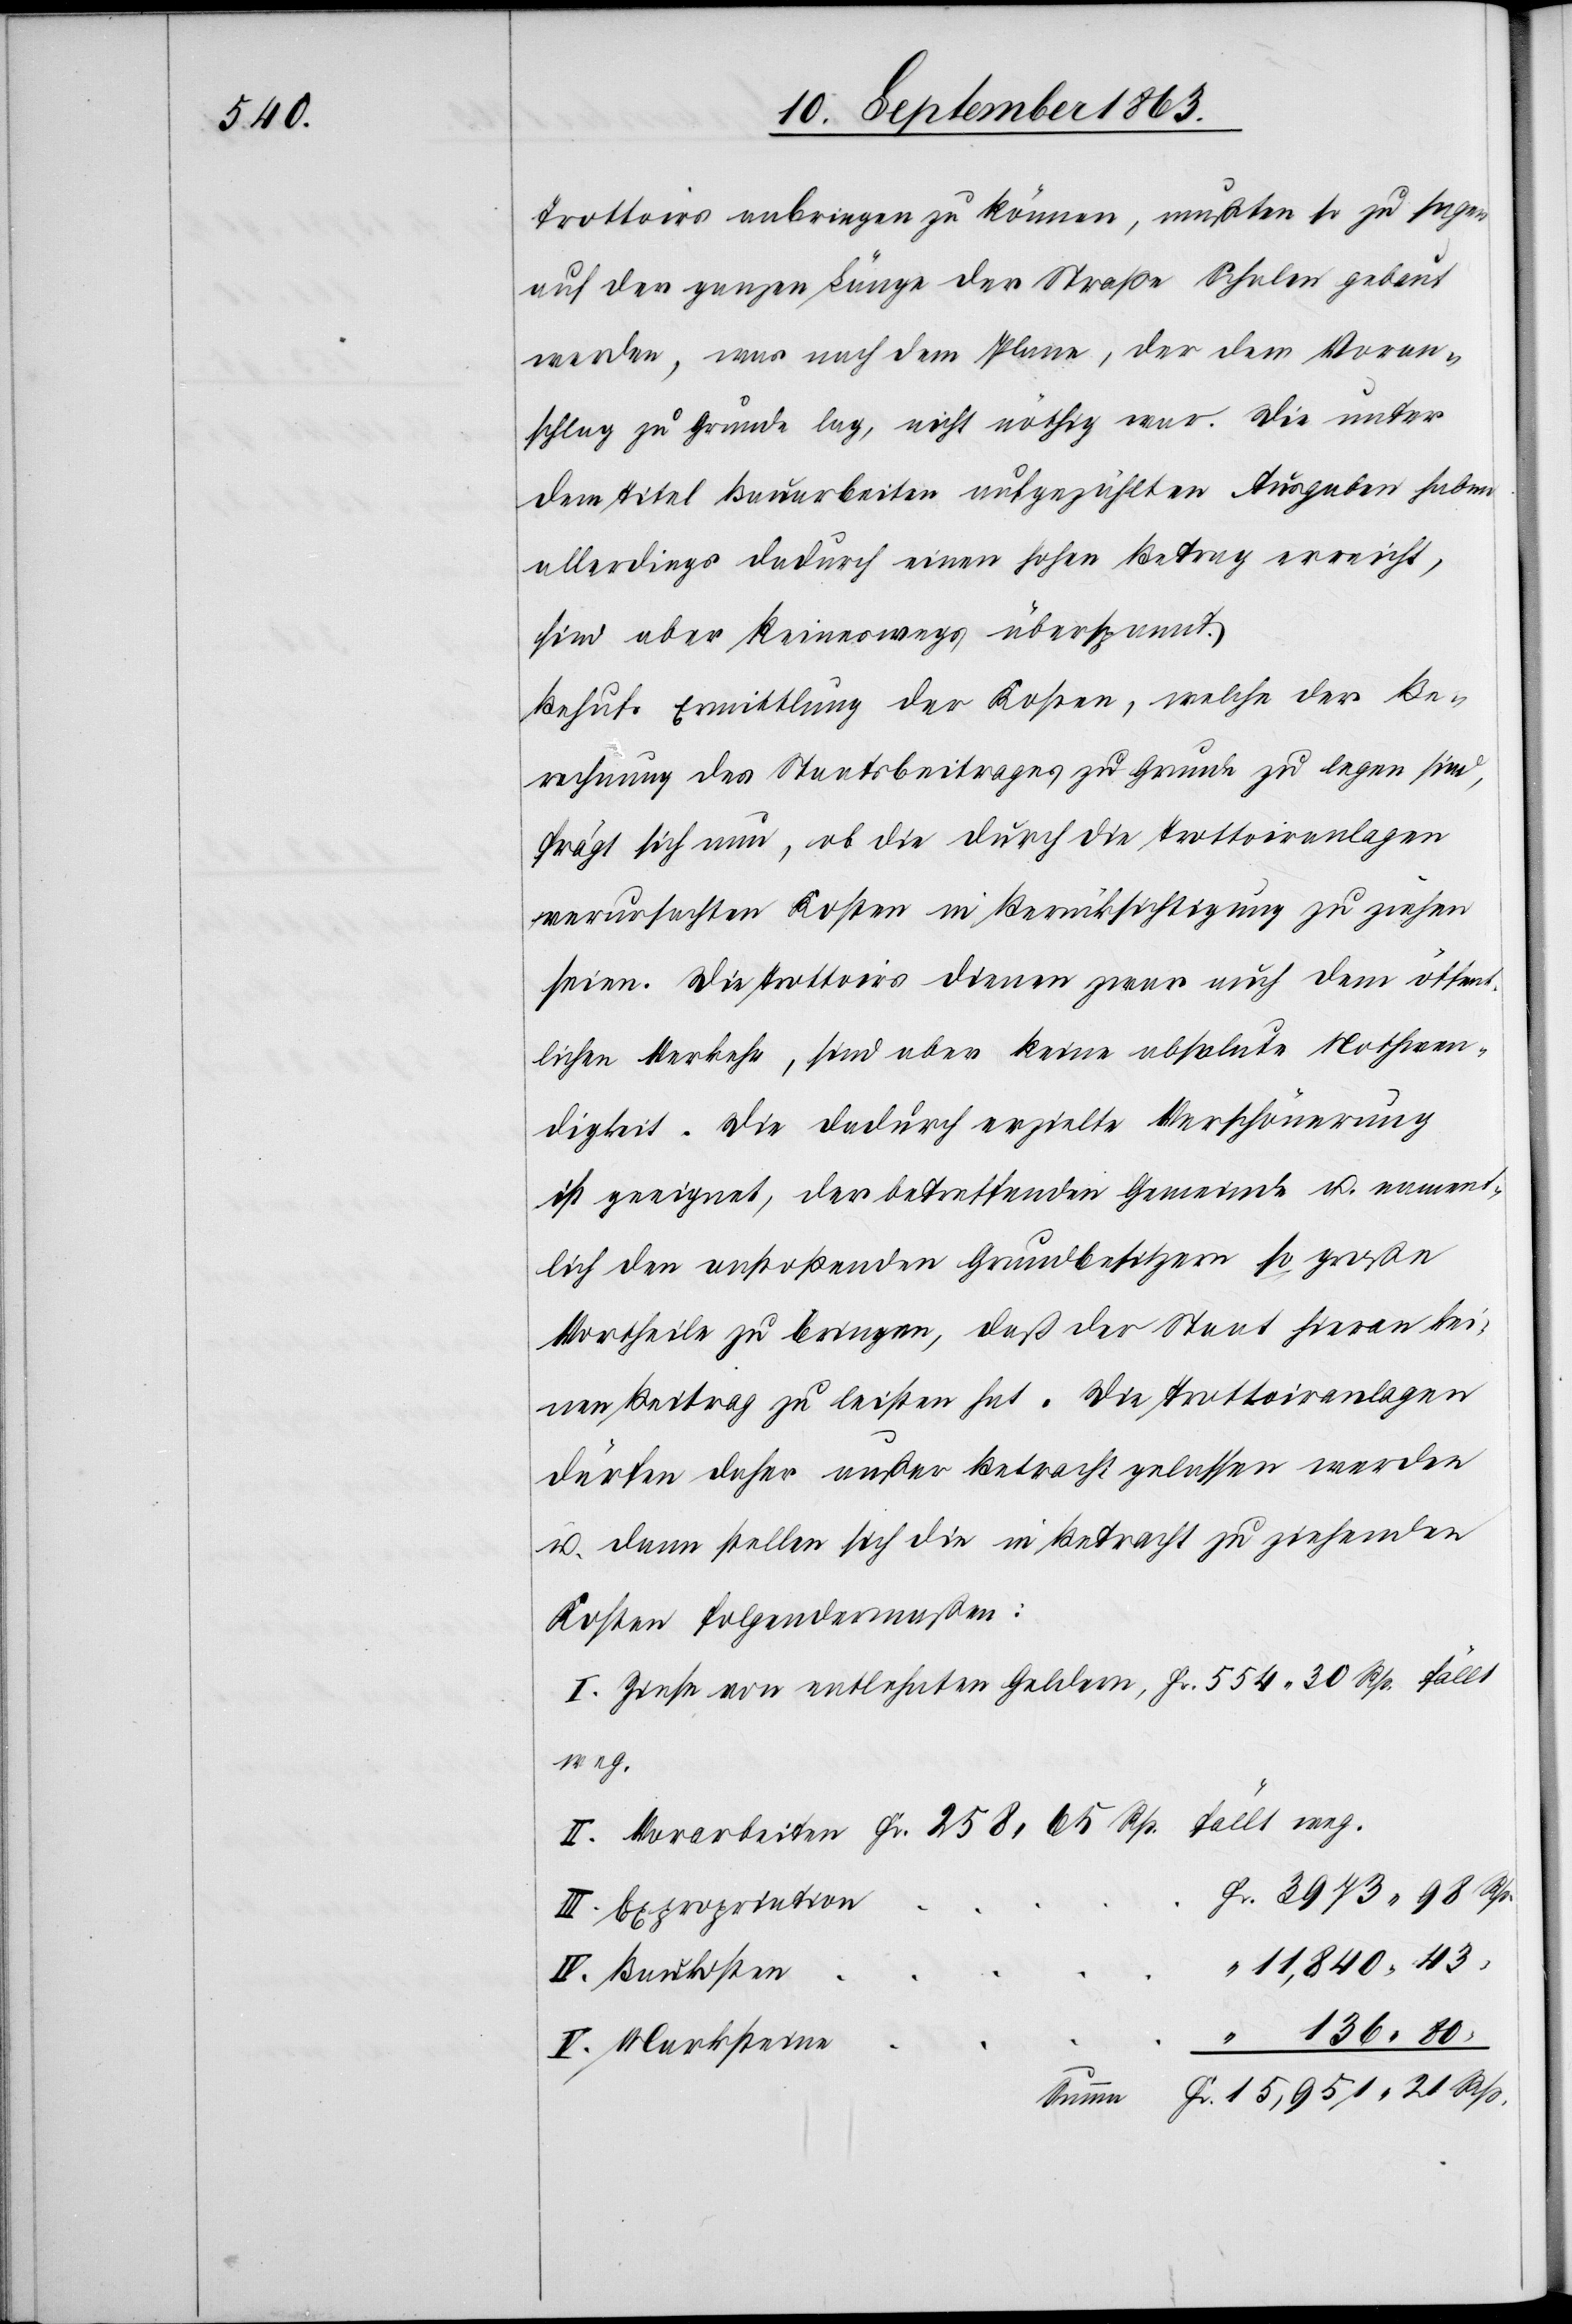
Trottoirs anbringen zu können, mußten so zu sagen
auf der ganzen Länge der Straße Schalen gebaut
werden, was nach dem Plane, der dem Voran¬
schlag zu Grunde lag, nicht nöthig war. Die unter
dem Titel Bauarbeiten aufgezählten Ausgaben haben
allerdings dadurch einen hohen Betrag erreicht,
sind aber keineswegs überspannt.
Behufs Ermittlung der Kosten, welche der Be¬
rechnung des Staatsbeitrages zu Grunde zu legen sind,
frägt sich nun, ob die durch die Trottoiranlagen
verursachten Kosten in Berücksichtigung zu ziehen
seien. Die Trottoirs dienen zwar auch dem öffent¬
lichen Verkehr, sind aber keine absolute Nothwen¬
digkeit. Die dadurch erzielte Verschönerung
ist geeignet, der betreffenden Gemeinde u. nament¬
lich den anstoßenden Grundbesitzern so große
Vortheile zu bringen, daß der Staat hieran kei¬
nen Beitrag zu leisten hat. Die Trottoiranlagen
dürfen daher außer Betracht gelassen werden
u. dann stellen sich die in Betracht zu ziehenden
Kosten folgendermassen:
I. Zinse von entlehnten Geldern, Fr. 554. 30 Rp. fällt
II. Vorarbeiten Fr. 258. 65 Rp. fällt weg.
r.	 3973. 98 Rp.
III. Expropriation	F¬
“	11,840. 43
“
IV. Baukosten
V. Marksteine
Summe	Fr. 15,951. 21 Rp.